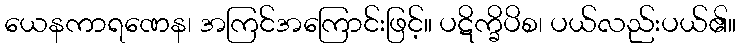
ယေနကာရဏေန၊ အကြင်အကြောင်းဖြင့်။ ပဋိက္ခိပိစ၊ ပယ်လည်းပယ်၏။